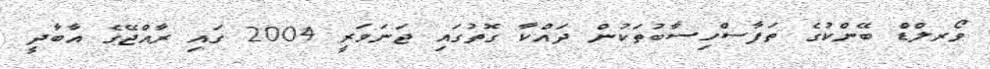
ވޯރލްޑް ބޭންކުގެ ތަފާސްހިސާބުތަކުން ދައްކާ ގޮތުގައި ޖަނަވަރީ 2004 ގައި ރާއްޖޭގެ އާބާދީ